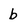
Character: b